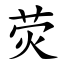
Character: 荧